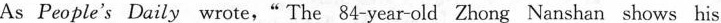
As People's Daily wrote," The 84-year-old Zhong Nanshan shows his